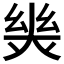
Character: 𢇈